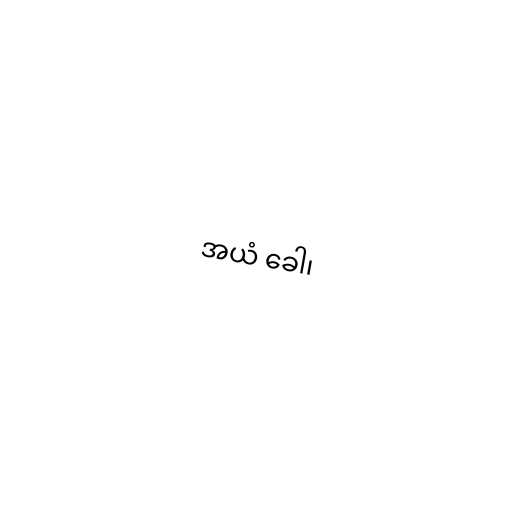
အယံ ခေါ၊